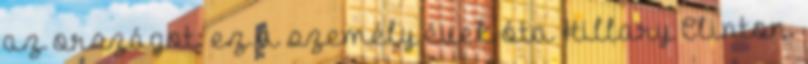
az országot: ez a személy évek óta Hillary Clinton.